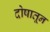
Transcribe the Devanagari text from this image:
दोषातून